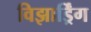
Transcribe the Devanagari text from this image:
विझार्ड्रिंग